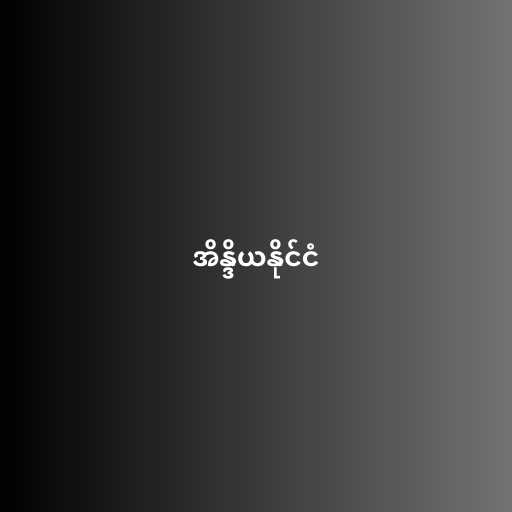
အိန္ဒိယနိုင်ငံ